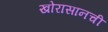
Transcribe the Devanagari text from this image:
खोरासानची